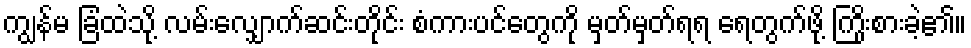
ကျွန်မ ခြံထဲသို့ လမ်းလျှောက်ဆင်းတိုင်း စံကားပင်တွေကို မှတ်မှတ်ရရ ရေတွက်ဖို့ ကြိုးစားခဲ့၏။